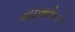
વાઇસરોયની